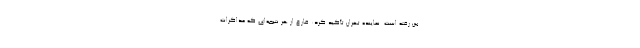
بین رفته است. نماینده تهران تأکید کرد: فارغ از هر نتیجه‌ای که مذاکرات